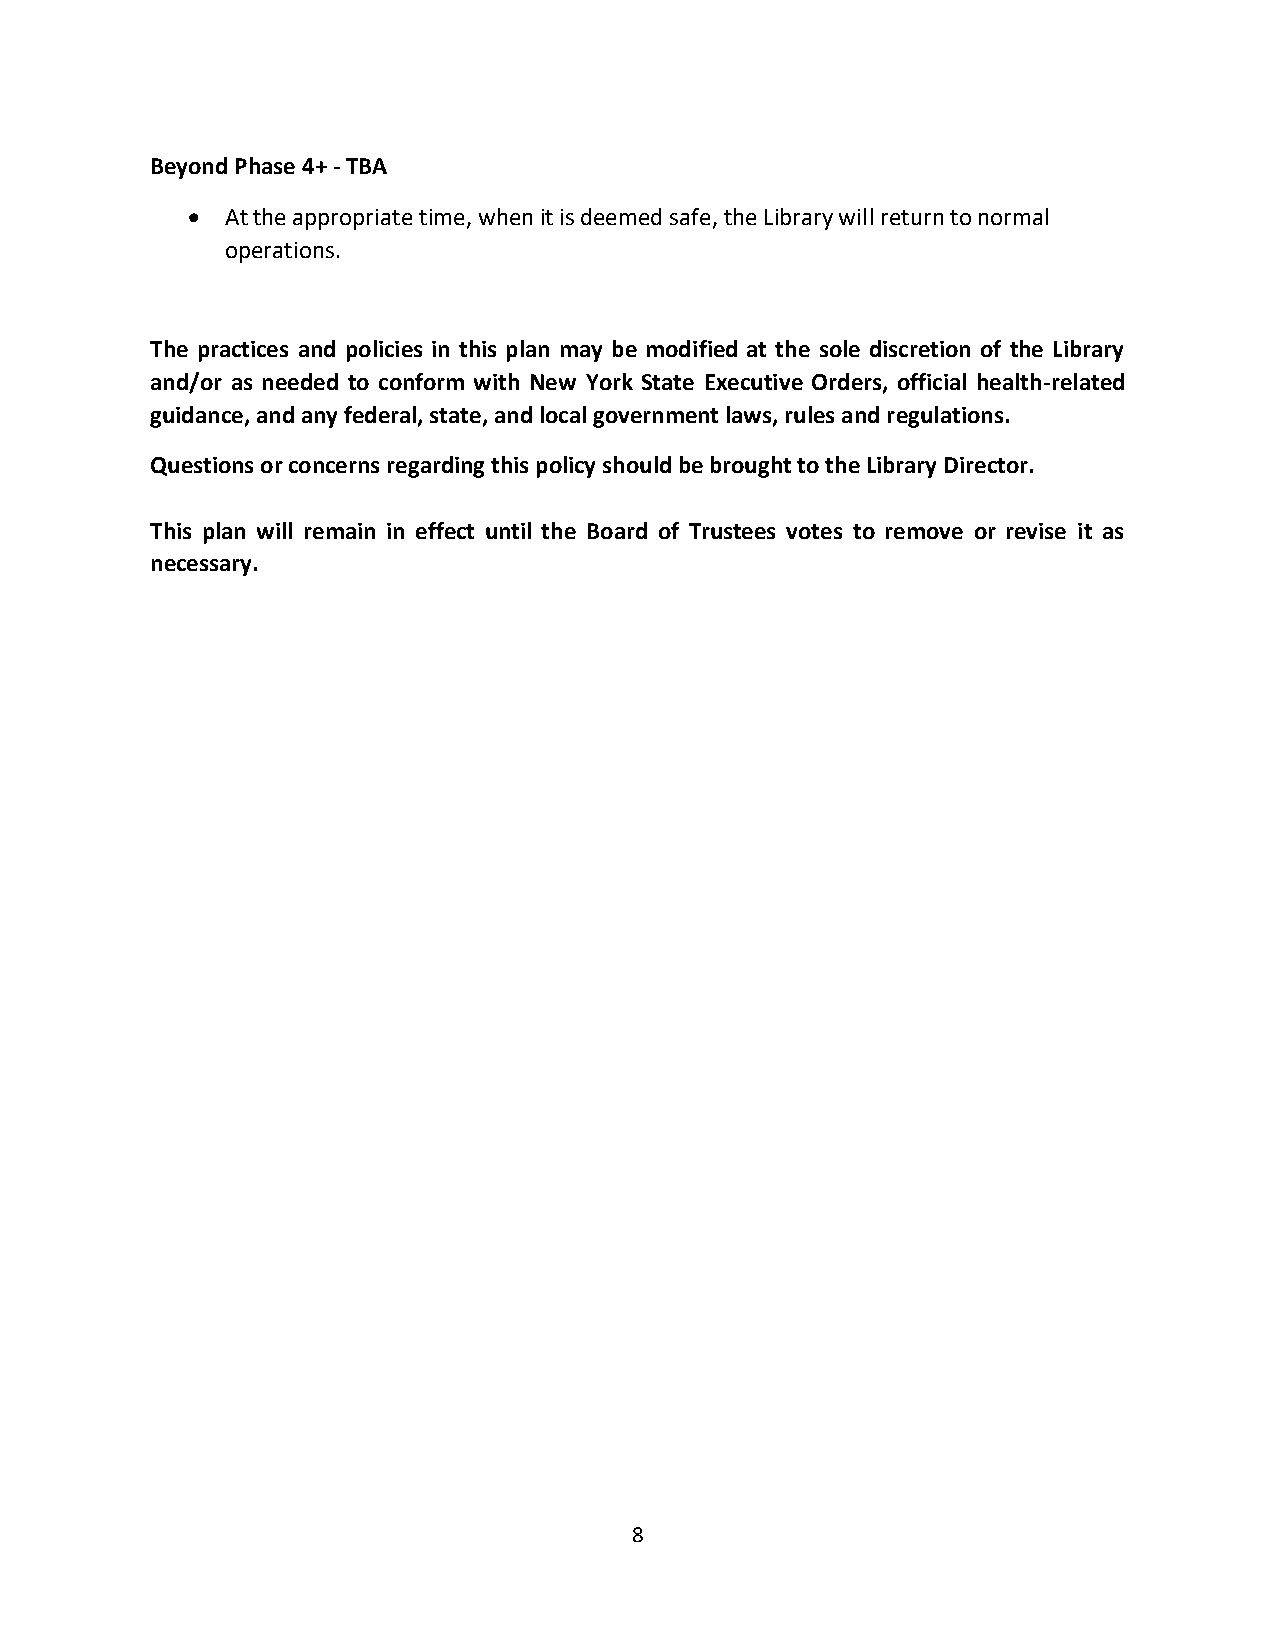
Beyond Phase 4+ - TBA
 •  At the appropriate time, when it is deemed safe, the Library will return to normal
 operations.
 The practices and policies in this plan may be modified at the sole discretion of the Library
 and/or as needed to conform with New York State Executive Orders, official health-related
 guidance, and any federal, state, and local government laws, rules and regulations.
 Questions or concerns regarding this policy should be brought to the Library Director.
 This plan will remain in effect until the Board of Trustees votes to remove or revise it as
 necessary.
 8